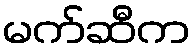
မက်ဆီက